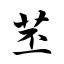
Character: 苤